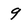
Character: 9